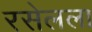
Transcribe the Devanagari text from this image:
रसेलला